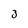
Character: 3